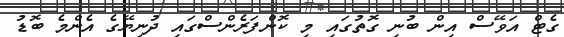
ގެޓް އަވޭސް އިން ބުނި ގޮތުގައި މި ކޮންފަރެންސްގައި ދުނިޔޭގެ އެންމެ ބޮޑު